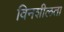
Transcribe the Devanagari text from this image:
विनशीलता